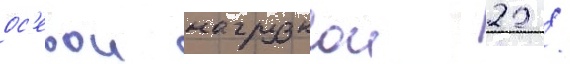
ос'евои нагрузкои 22 /